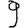
Digit: 9